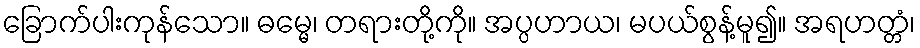
ခြောက်ပါးကုန်သော။ ဓမ္မေ၊ တရားတို့ကို။ အပ္ပဟာယ၊ မပယ်စွန့်မူ၍။ အရဟတ္တံ၊